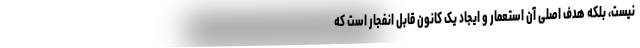
نیست، بلکه هدف اصلی آن استعمار و ایجاد یک کانون قابل انفجار است که